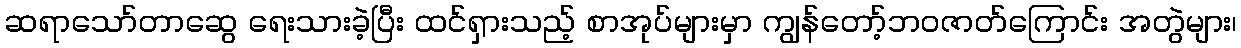
ဆရာသော်တာဆွေ ရေးသားခဲ့ပြီး ထင်ရှားသည့် စာအုပ်များမှာ ကျွန်တော့်ဘဝဇာတ်ကြောင်း အတွဲများ၊